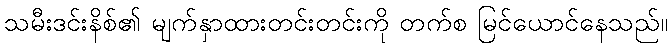
သမီးဒင်းနိစ်၏ မျက်နှာထားတင်းတင်းကို တက်စ မြင်ယောင်နေသည်။